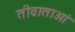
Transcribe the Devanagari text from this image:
तीव्राताओं